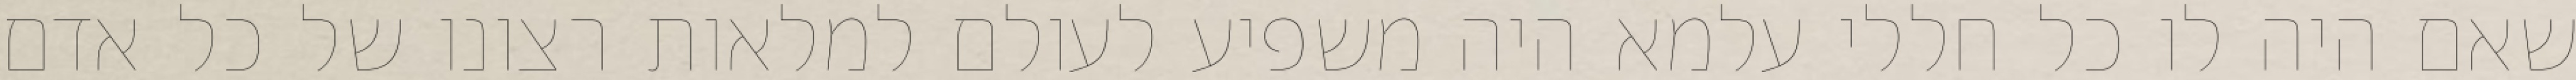
שאם היה לו כל חללי עלמא היה משפיע לעולם למלאות רצונו של כל אדם